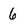
Character: 6